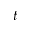
\displaystyle t